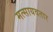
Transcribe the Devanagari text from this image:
मत्सायवतार